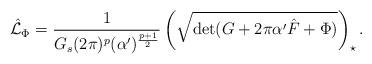
LaTeX: \begin{align*}\hat{\cal L}_\Phi=\frac{1}{G_s(2\pi )^p(\alpha^\prime )^{\frac{p+1}{2}}}\left(\sqrt{\mbox{det}(G+2\pi\alpha^\prime \hat{F}+\Phi )}\right)_{\star}.\end{align*}